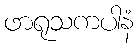
ဖာရုသကပါနံ